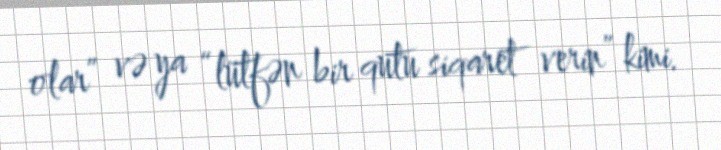
olar” və ya “lütfən bir qutu siqaret verin” kimi.